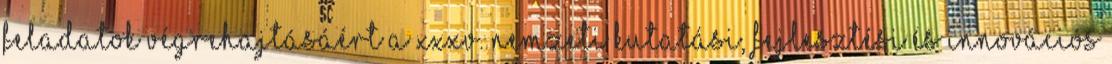
feladatok végrehajtásáért a XXXV. Nemzeti Kutatási, Fejlesztési és Innovációs